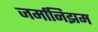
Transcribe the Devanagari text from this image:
जर्मानिझम